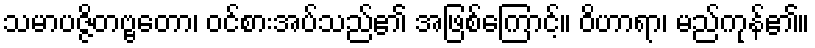
သမာပဇ္ဇိတဗ္ဗတော၊ ဝင်စားအပ်သည်၏ အဖြစ်ကြောင့်။ ဝိဟာရာ၊ မည်ကုန်၏။